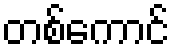
တစ်ကောင်